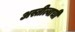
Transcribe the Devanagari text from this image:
अस्तीत्वाची